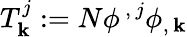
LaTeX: T_{\mathbf{k}}^{j}:=N\phi^{\, ,\, j}\phi_{,\, \mathbf{k}}